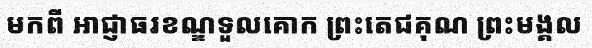
មកពី អាជ្ញាធរខណ្ឌទួលគោក ព្រះតេជគុណ ព្រះមង្គល